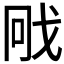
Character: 𭟳